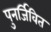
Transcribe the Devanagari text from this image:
पुनर्जिवित